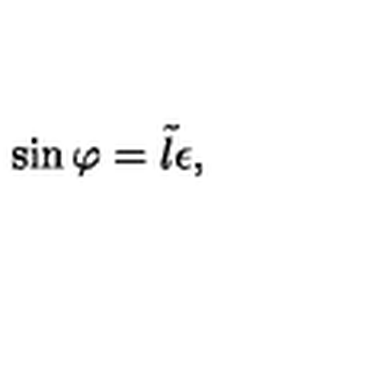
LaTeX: \sin \varphi = \tilde { l } \epsilon ,